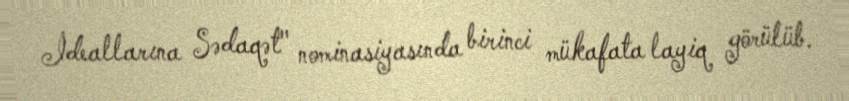
İdeallarına Sədaqət" nominasiyasında birinci mükafata layiq görülüb.